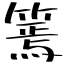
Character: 篶